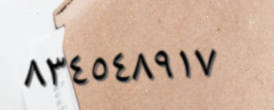
٨٣٤٥٤٨٩١٧